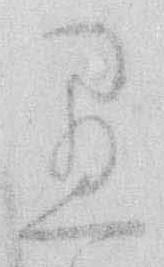
愚